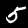
Digit: 5